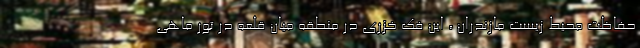
حفاظت محیط زیست مازندران ، این فک خزری در منطقه میان قلعه در تور ماهی